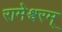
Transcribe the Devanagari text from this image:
रामेश्वरम्‌